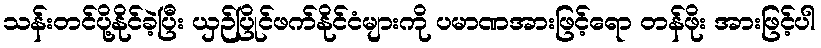
သန်းတင်ပို့နိုင်ခဲ့ပြီး ယှဉ်ပြိုင်ဖက်နိုင်ငံများကို ပမာဏအားဖြင့်ရော တန်ဖိုး အားဖြင့်ပါ